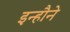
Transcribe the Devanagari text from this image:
इन्हौने